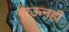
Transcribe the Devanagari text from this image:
गाऊनही